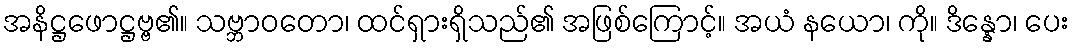
အနိဋ္ဌဖောဋ္ဌဗ္ဗ၏။ သဗ္ဘာဝတော၊ ထင်ရှားရှိသည်၏ အဖြစ်ကြောင့်။ အယံ နယော၊ ကို။ ဒိန္နော၊ ပေး